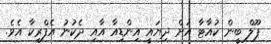
ޕޫލް ބީން ކުއާޓާ އަށް ދިޔައީ އިންޑިއާ އާއި ދެކުނު އެފްރިކާ އެވެ.